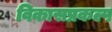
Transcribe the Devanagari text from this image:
विकासप्रकल्प